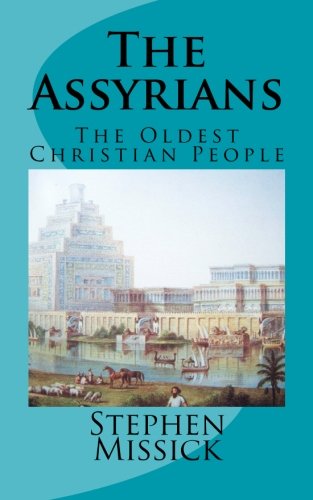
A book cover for The Assyrians: The Oldest Christian People; Stephen Andrew Missick; Comics & Graphic Novels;